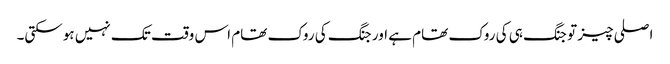
اصلی چیز تو جنگ ہی کی روک تھام ہے اور جنگ کی روک تھام اس وقت تک نہیں ہوسکتی۔